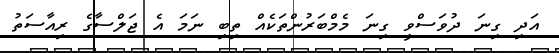
އަދި ގިނަ ދުވަސްވީ ގިނަ މެމްބަރުންތަކެއް ތިބި ނަމަ އެ ޖަލްސާގެ ރިއާސަތު